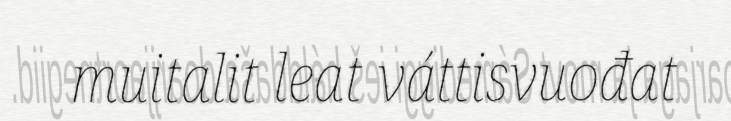
muitalit leat váttisvuođat